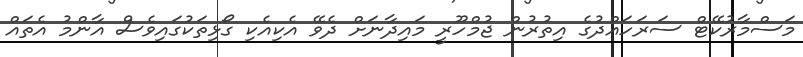
މަސްމާރުކޭޓް ސަރަހައްދުގެ އިތުރުން ޖުމްހޫރީ މައިދާނަށް ދެވޭ އެކިއެކި ގޯޅިތަކުގައިވެސް އާންމު އެތައް